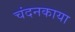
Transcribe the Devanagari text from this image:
चंदनकाया